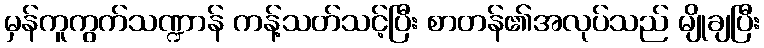
မှန်ကူကွက်သဏ္ဍာန် ကန့်သတ်သင့်ပြီး စာတန်၏အလုပ်သည် မျိုချပြီး